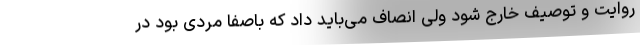
روایت و توصیف خارج شود ولی انصاف می‌باید داد که باصفا مردی بود در